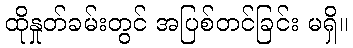
ထိုနှုတ်ခမ်းတွင် အပြစ်တင်ခြင်း မရှိ။